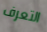
التعرف